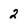
Character: 2